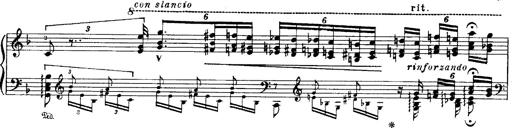
Title: Paraphrase de concert sur Ernani II
Composer: Franz Liszt